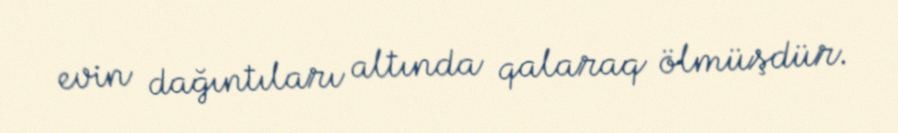
evin dağıntıları altında qalaraq ölmüşdür.